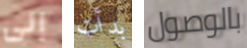
إلى بدأت بالوصول